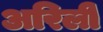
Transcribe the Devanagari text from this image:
अरिली